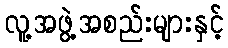
လူ့အဖွဲ့အစည်းများနှင့်